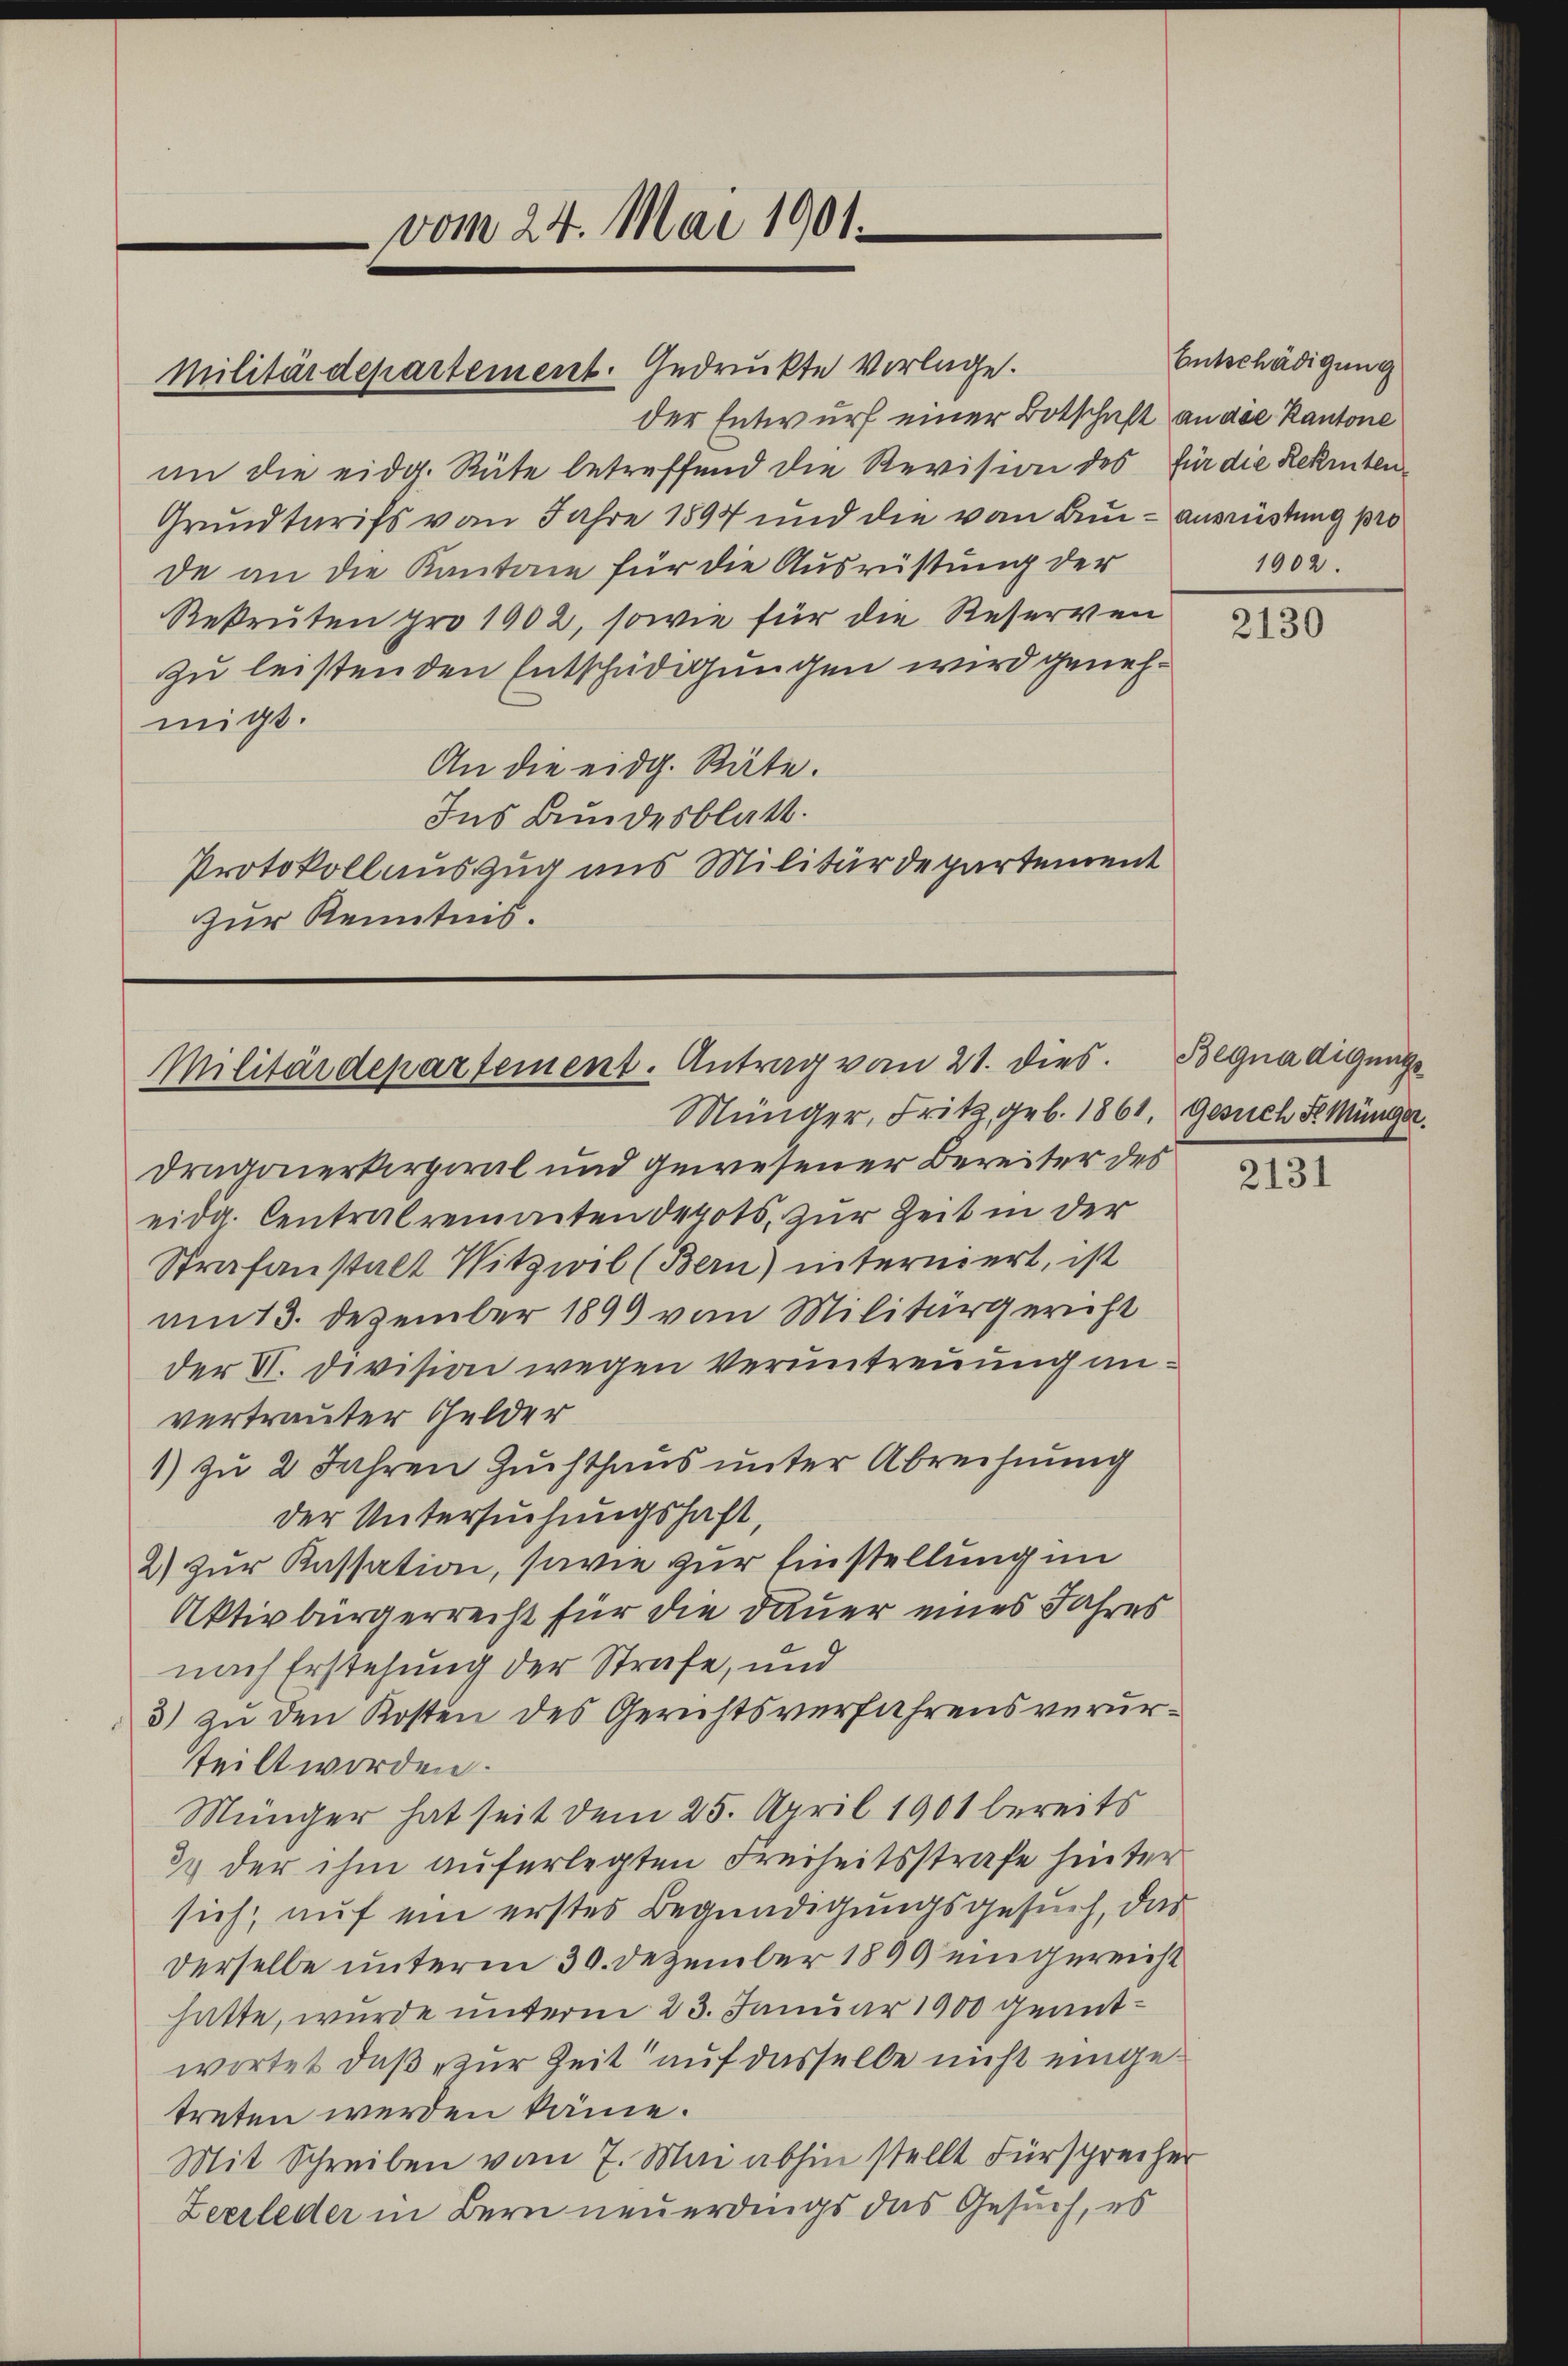
vom 24. Mai 1901.

der Entwurf einer Botschaft an die Kantone
in die eidg. Rüte betreffend die Revision des für die Rekinten
Grundtarifs vom Jahre 1894 und die von Bun-ausrüstung pro
de an die Kantone für die Ausrüstung der
Rekruten pro 1902, sowie für die Reserven
zu leisten den Entschädigungen wird genehmigt.
An die eidg. Räte.
Ins Bundesblatt.
Protokollauszug aus Militärdepartement
zur Kenntnis.

Militärdepartement. Gedruckte Vorlage.

Militärdepartement. Antrag vom 21. dies

Entschädigung
1902.

Münger, Fritz, geb. 1861. Gesuch d. Münger.
Dragonerkerpiral und gewesener Bereiter des
eidg. Centralrementen derots zur Zeit in der
Strafanstalt Witzwil (Bern) interniert, ist
am 13. Dezember 1899 vom Militärgericht
der VI. Division wegen Veruntreuung anvertrauter Gelder
1) zu 2 Jahren Zuchthaus unter Abrechnung
der Untersuchungshaft,
2) zur Kassation, sowie zur Einstellung im
Aktivbürgerrecht für die Dauer eines Jahres
nach Erstehung der Strafe, und
3) zu den Kosten des Gerichtsverfahrens verurteilt worden.
Münger hat seit dem 25. April 1901 bereits
31 der ihm auferlegten Freiheitsstrafe hinter
sich, auf ein erstes Begnadigungsgesuch, das
Derselbe unterm 30. Dezember 1899 eingereicht
hatte, wurde unterm 23. Januar 1900 geantwortet, daß zur Zeit auf dasselbe nicht eingetreten werden käme.
Mit Schreiben vom 7. Mai abhin stellt Fürsprecher
Zeerleder in Bern neuerdings das Gesuch, es

2130

Begnadigungs

2131